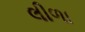
લીળા